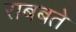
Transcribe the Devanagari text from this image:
राबबते